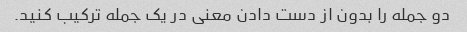
دو جمله را بدون از دست دادن معنی در یک جمله ترکیب کنید.